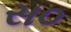
સ૦